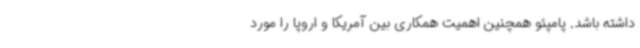
داشته باشد. پامپئو همچنین اهمیت همکاری بین آمریکا و اروپا را مورد